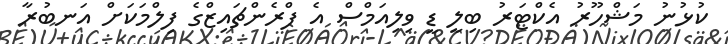
ކުޅުނު މަޝްހޫރު އެކްޓަރު ބިލީ ޑީ ވިލިއަމްސް އެ ފްރެންޗައިޒްގެ ފިލްމަކަށް އަނބުރާ